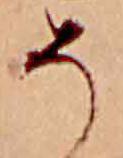
そ